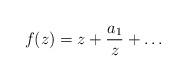
LaTeX: \begin{align*} f(z) = z+ \frac{a_1}{z}+\dots \end{align*}